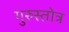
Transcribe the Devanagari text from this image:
गुरुस्तोत्र